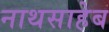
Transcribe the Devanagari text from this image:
नाथसाहेब